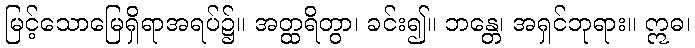
မြင့်သောမြေရှိရာအရပ်၌။ အတ္ထရိတွာ၊ ခင်း၍။ ဘန္တေ၊ အရှင်ဘုရား။ ဣဓ၊